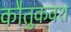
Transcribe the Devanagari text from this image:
कौतुकवश